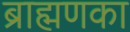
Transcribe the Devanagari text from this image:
ब्राह्मणका